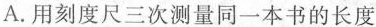
A.用刻度尺三次测量同一本书的长度